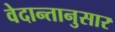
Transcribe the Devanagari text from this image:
वेदान्तानुसार